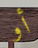
أو